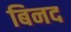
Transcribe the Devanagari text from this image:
बिनद